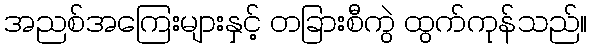
အညစ်အကြေးများနှင့် တခြားစီကွဲ ထွက်ကုန်သည်။